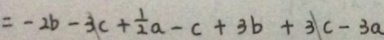
= - 2 b - 3 c + \frac { 1 } { 2 } a - c + 3 b + 3 c - 3 a